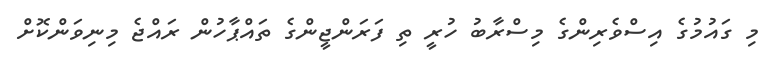
މި ގައުމުގެ އިސްވެރިންގެ މިސްރާބު ހުރީ ތި ފަރަންޖީންގެ ތައްޕާހުން ރައްޖެ މިނިވަންކޮށް